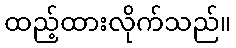
ထည့်ထားလိုက်သည်။